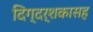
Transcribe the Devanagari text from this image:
दिग्दर्शकासह